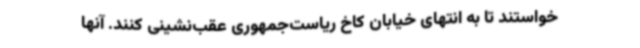
خواستند تا به انتهای خیابان کاخ ریاست‌جمهوری عقب‌نشینی کنند. آنها